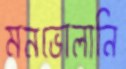
মনভোলানি